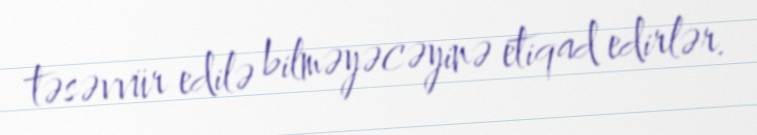
təsəvvür edilə bilməyəcəyinə etiqad edirlər.